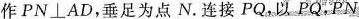
作P N \bot A D ，垂足为点N.连接PQ，以PQ，PN